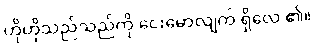
ဟိုဟိုသည်သည်ကို ငေးမောလျက် ရှိလေ ၏။